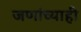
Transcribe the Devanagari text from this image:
जणांच्याही